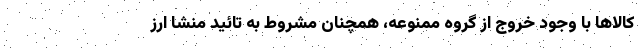
کالاها با وجود خروج از گروه ممنوعه، همچنان مشروط به تائید منشا ارز